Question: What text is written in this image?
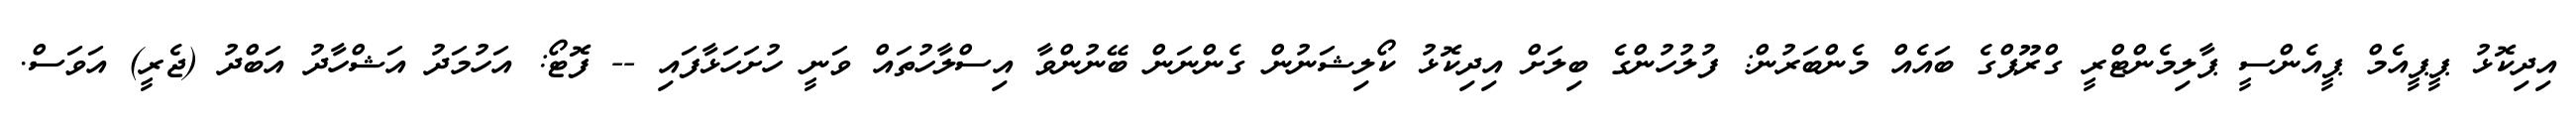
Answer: އިދިކޮޅު ޕީޕީއެމް ޕީއެންސީ ޕާލިމެންޓްރީ ގްރޫޕްގެ ބައެއް މެންބަރުން: ފުލުހުންގެ ބިލަށް އިދިކޮޅު ކޯލިޝަނުން ގެންނަން ބޭނުންވާ އިސްލާހުތައް ވަނީ ހުށަހަޅާފައި -- ފޮޓޯ: އަހުމަދު އަޝްހާދު އަބްދު (ޖެރީ) އަވަސް.